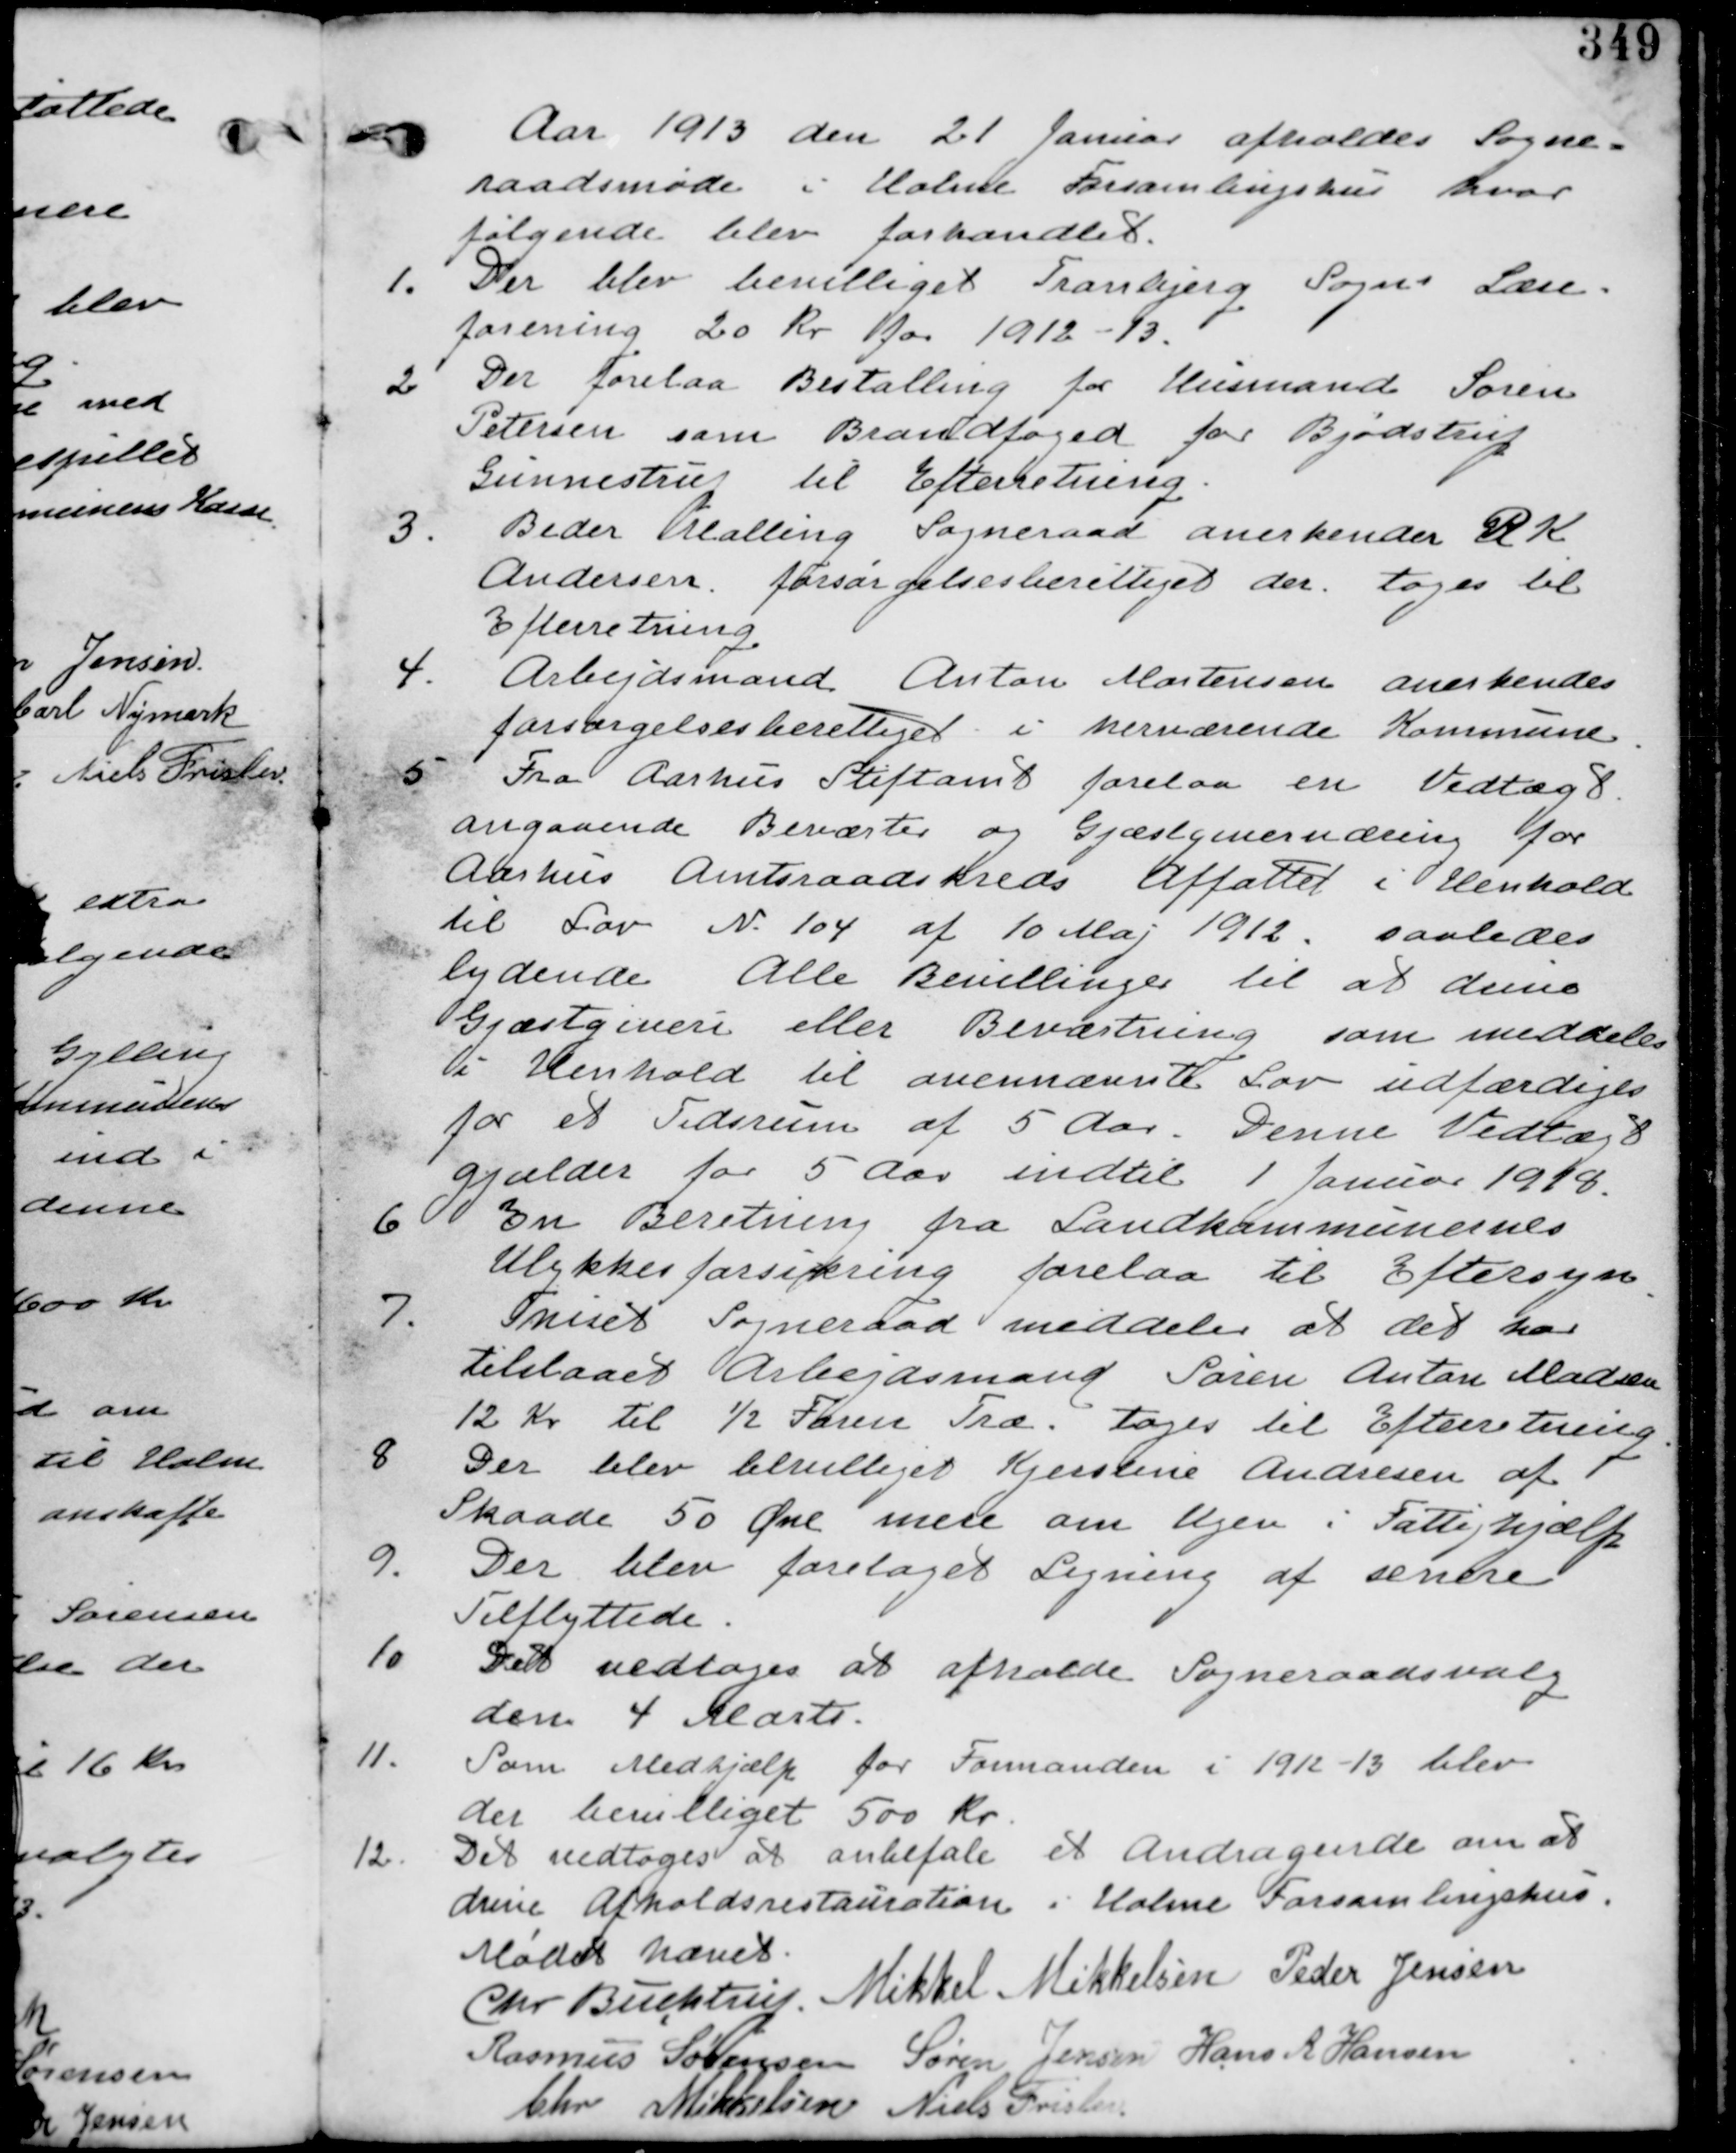
Transskription:
Aar 1913 den 21 Januar afholdes Sogne-
raadsmøde i Holme Forsamlingshus hvor
følgende blev forhandlet.

1. Der blev bevilliget Tranbjerg Sogns Læse-
forening 20 Kr for 1912-13.

2. Der forelaa Bestalling for Husmand Søren
Petersen som Brandfoged for Bjødstrup
Gunnestrup til Efterretning.

3. Beder Malling Sogneraad anerkender R K
Andersen forsørgelsesbevilliget der. tages til
Efterretning.

4. Arbejdsmand Anton Mortensen anerkendes
forsørgelsesberettiget i herværende Kommune.

5. Fra Aarhus Stiftamt forelaa en Vedtægt
angaaende Beværter og Gæstgivernæring for
Aarhus Amtsraadskreds Affattet i Henhold
til Lov Nr. 104 af 10 Maj 1912. saaledes
lydende Alle Bevillinger til at drive
Gæstgiveri eller Beværtning som meddeles
i Henhold til ovennævnte Lov udfærdiges
for wt Tidsrum af 5 Aar. Denne Vedtægt
gjælder for 5 Aar indtil 1. Januar 1918.

6. En Beretning fra Landkommunernes
Ulykkesforsikring forelaa til Eftersyn

7. Thieset Sogneraad meddeler at det har
tilstaaet Arbejdsmand Søren Anton Madsen
12 Kr til ½ Faun Træ. tages til Efterretning.

8. Der blev bevilliget Kjerstine Andersen af
Skaade 50 Øre mere om Ugen i Fattighjælp

9. Der blev foretaget Ligning af senere
Tilflyttere

10. Det vedtages at afholde Sogneraadsvalg
den 4 Marts.

Som Medhjælp for Formanden i 19132-13 blev
der bevilliget 500 Kr.

12. Det vedtages at anbefale et om at
drive Afholdsrestauration i Holme Forsamlingshus.

Mødet hævet

Chr Buchtrup. Mikkel Mikkelsen Peder Jensen
Rasmus Sørensen Søren Jensen Hans R Hansen
Chr Mikkelsen Niels Frislev